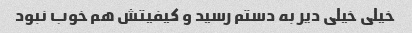
خیلی خیلی دیر به دستم رسید و کیفیتش هم خوب نبود